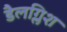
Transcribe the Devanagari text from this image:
डैलग्लिश